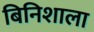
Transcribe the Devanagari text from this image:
बिनिशाला